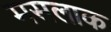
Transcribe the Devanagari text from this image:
मसलाक